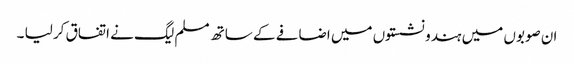
ان صوبوں میں ہندو نشستوں میں اضافے کے ساتھ مسلم لیگ نے اتفاق کر لیا ۔